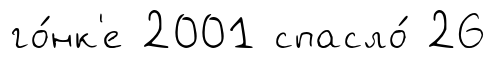
го́нк'е 2001 спасло́ 26